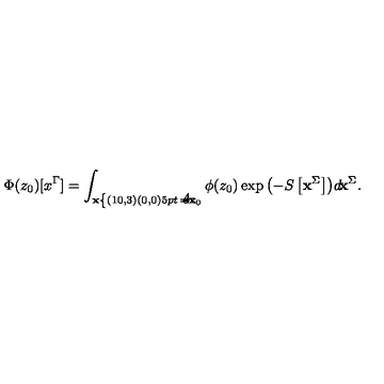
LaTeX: \Phi ( z _ { 0 } ) [ x ^ { \Gamma } ] = \int _ { { \bf x } \nolinebreak \left\{ \begin{picture} { ( 1 0 , 3 ) ( 0 , 0 ) \setlength { \unitlength } { . 5 p t } \put ( 1 , - 7 ) { \line ( 0 , 1 ) { 1 4 } } \put ( 2 , - 7 ) { \scriptscriptstyle \partial \Sigma } } \\ \end{picture} \right. = { \bf x } _ { 0 } } \phi ( z _ { 0 } ) \exp { \left( - S \left[ { \bf x } ^ { \Sigma } \right] \right) } d \! { \bf x } ^ { \Sigma } .